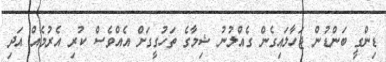
ޑިންގީ ބަންޑުން ޖަހާލައިގެން ގެއްލުނު ޝިމާގެ ތަހުގީގަށް އެއްވެސް ކުރި އެރުމެއް އަދި